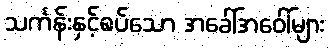
သင်္ကန်းနှင့်စပ်သော အခေါ်အဝေါ်များ